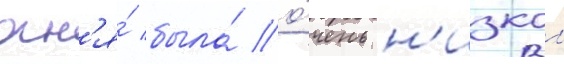
огн'я́ была́ о́чень н'изкои